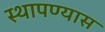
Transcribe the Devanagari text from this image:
स्थापण्यास